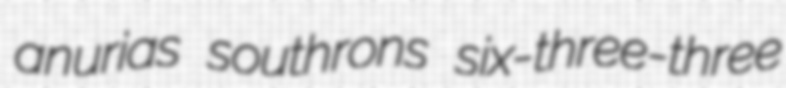
anurias southrons six-three-three